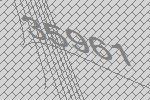
35961